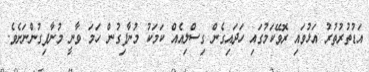
އަޑުތުރުތުރު އަޅުވައި ރޮވޭކަމުގައި ހަދައިގެން ގިސްލިއެއް ކަމަކު މުނާފިގުން ހަމަ ވާނީ މުނާފިގުންނަށެވެ.